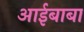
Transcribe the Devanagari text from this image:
आईबाबा